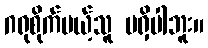
ဂရုစိုက်မယ့်သူ မရှိပါဘူး။